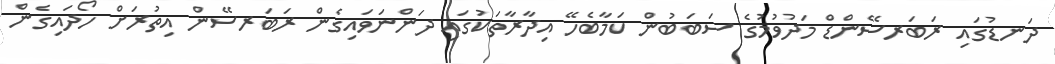
ދަނޑުގައި ރަބަރސޭންޑް މަދުވުމުގެ ސަބަބުން ކަމާބެހޭ އިދާރާތަކުގައި ދަންނަވައިގެން ރަބަރސޭން އިތުރަށް ހޯދައިގެން